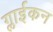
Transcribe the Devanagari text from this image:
ग्लाईकन